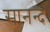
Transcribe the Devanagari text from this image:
सानन्दं